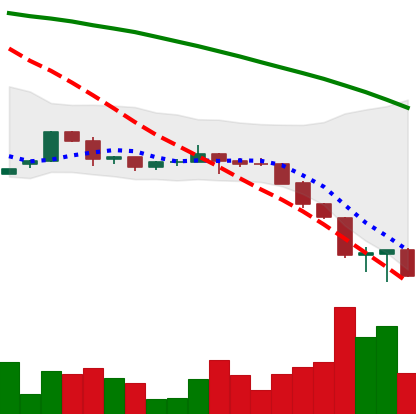
Ticker: ETH-USD
Chart end date: 2022-06-16
Forward return: 5.347%
Label: up_5_7